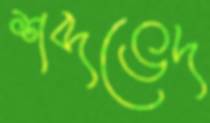
শব্দভেদ